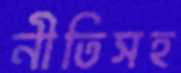
নীতিসহ